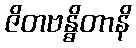
ဇိတဗန္ဓိတာနိ